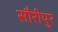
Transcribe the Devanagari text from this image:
सौरीपुर